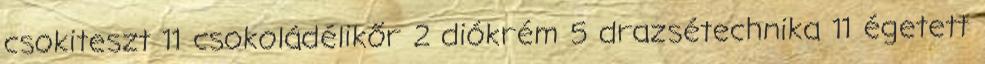
csokiteszt 11 csokoládélikőr 2 diókrém 5 drazsétechnika 11 égetett